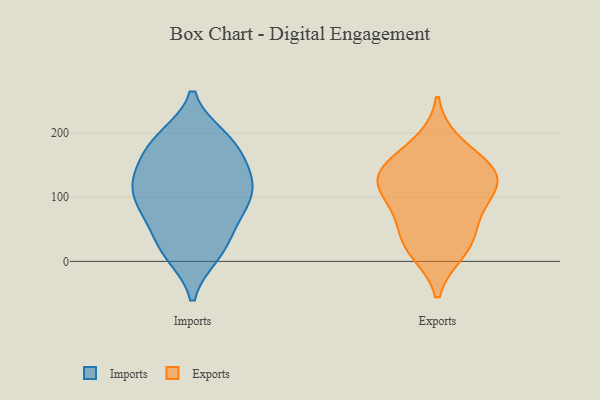
{"axis": {"x": "Net Income (USD K)", "y": "Value"}, "legend": ["Exports", "Imports"], "data": [{"x": "", "y": 16, "type": "Imports"}, {"x": "", "y": 131, "type": "Imports"}, {"x": "", "y": 76, "type": "Imports"}, {"x": "", "y": 126, "type": "Imports"}, {"x": "", "y": 129, "type": "Imports"}, {"x": "", "y": 125, "type": "Imports"}, {"x": "", "y": 193, "type": "Imports"}, {"x": "", "y": 80, "type": "Imports"}, {"x": "", "y": 75, "type": "Imports"}, {"x": "", "y": 178, "type": "Imports"}, {"x": "", "y": 193, "type": "Imports"}, {"x": "", "y": 11, "type": "Imports"}, {"x": "", "y": 184, "type": "Imports"}, {"x": "", "y": 104, "type": "Imports"}, {"x": "", "y": 48, "type": "Imports"}, {"x": "", "y": 161, "type": "Imports"}, {"x": "", "y": 105, "type": "Imports"}, {"x": "", "y": 17, "type": "Imports"}, {"x": "", "y": 141, "type": "Exports"}, {"x": "", "y": 91, "type": "Exports"}, {"x": "", "y": 50, "type": "Exports"}, {"x": "", "y": 183, "type": "Exports"}, {"x": "", "y": 135, "type": "Exports"}, {"x": "", "y": 136, "type": "Exports"}, {"x": "", "y": 132, "type": "Exports"}, {"x": "", "y": 27, "type": "Exports"}, {"x": "", "y": 97, "type": "Exports"}, {"x": "", "y": 17, "type": "Exports"}]}